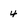
Character: 4